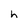
Character: h